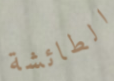
الطائشة